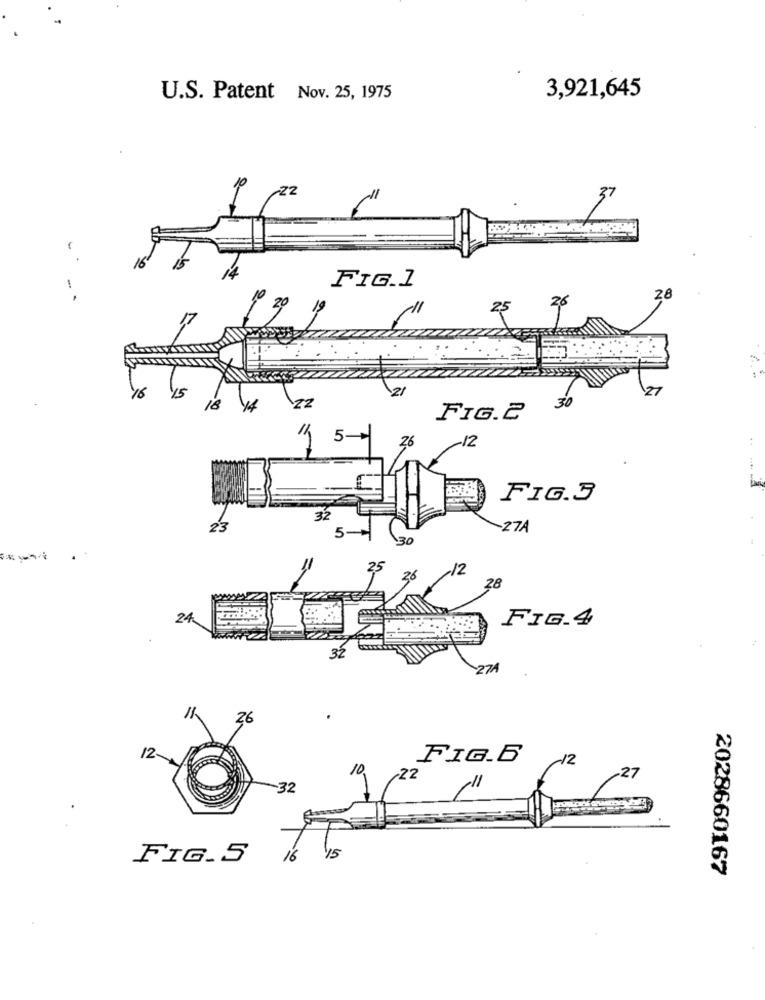
U.S. Patent Nov. 25, 1975
3,921,645
FIG.1
28
2/
16
15
18 14
22
30
FIG.2
5
12
26
FIG.3
32
23
5.
-27A
130
12
28
FIG.4
32
27A
12
FIG.B
12
10,
27
/22
-32
FIG. 5
16
15
2028660167